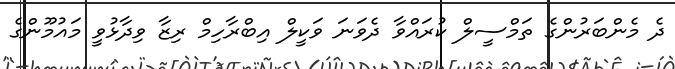
ދެ މެންބަރުންގެ ތަމްސީލް ކުރައްވާ ދެވަނަ ވަކީލް އިބްރާހިމް ރިޒާ ވިދާޅުވީ މައުމޫންގެ